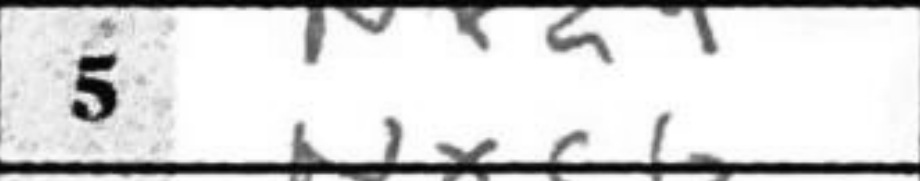
Transcription: Nxd4